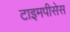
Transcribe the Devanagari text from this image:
टाइमपीसेस